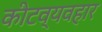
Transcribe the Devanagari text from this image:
कीटव्यवहार